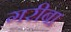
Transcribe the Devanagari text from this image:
गरीबा